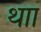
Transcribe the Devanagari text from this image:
थाा